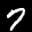
Label: 7